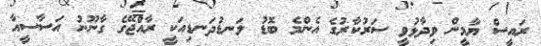
ރައީސް ޔާމީން ވިދާޅުވީ ސަރުކާރުގެ އެންމެ ބޮޑު ލަނޑުދަނޑިއަކީ ރާއްޖޭގެ ގާނޫނު އަސާސީއާ